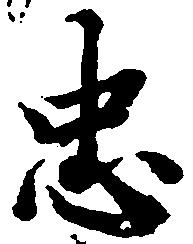
忠